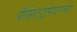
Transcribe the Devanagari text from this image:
पॅलेस्टाईनवरच्या